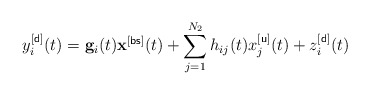
\begin{align*} y^{[\sf d]}_i(t)=\mathbf{g}_i(t)\mathbf{x}^{[\sf bs]}(t)+\sum_{j=1}^{N_2}h_{ij}(t)x^{[\sf u]}_j(t)+z_i^{[\sf d]}(t)\end{align*}